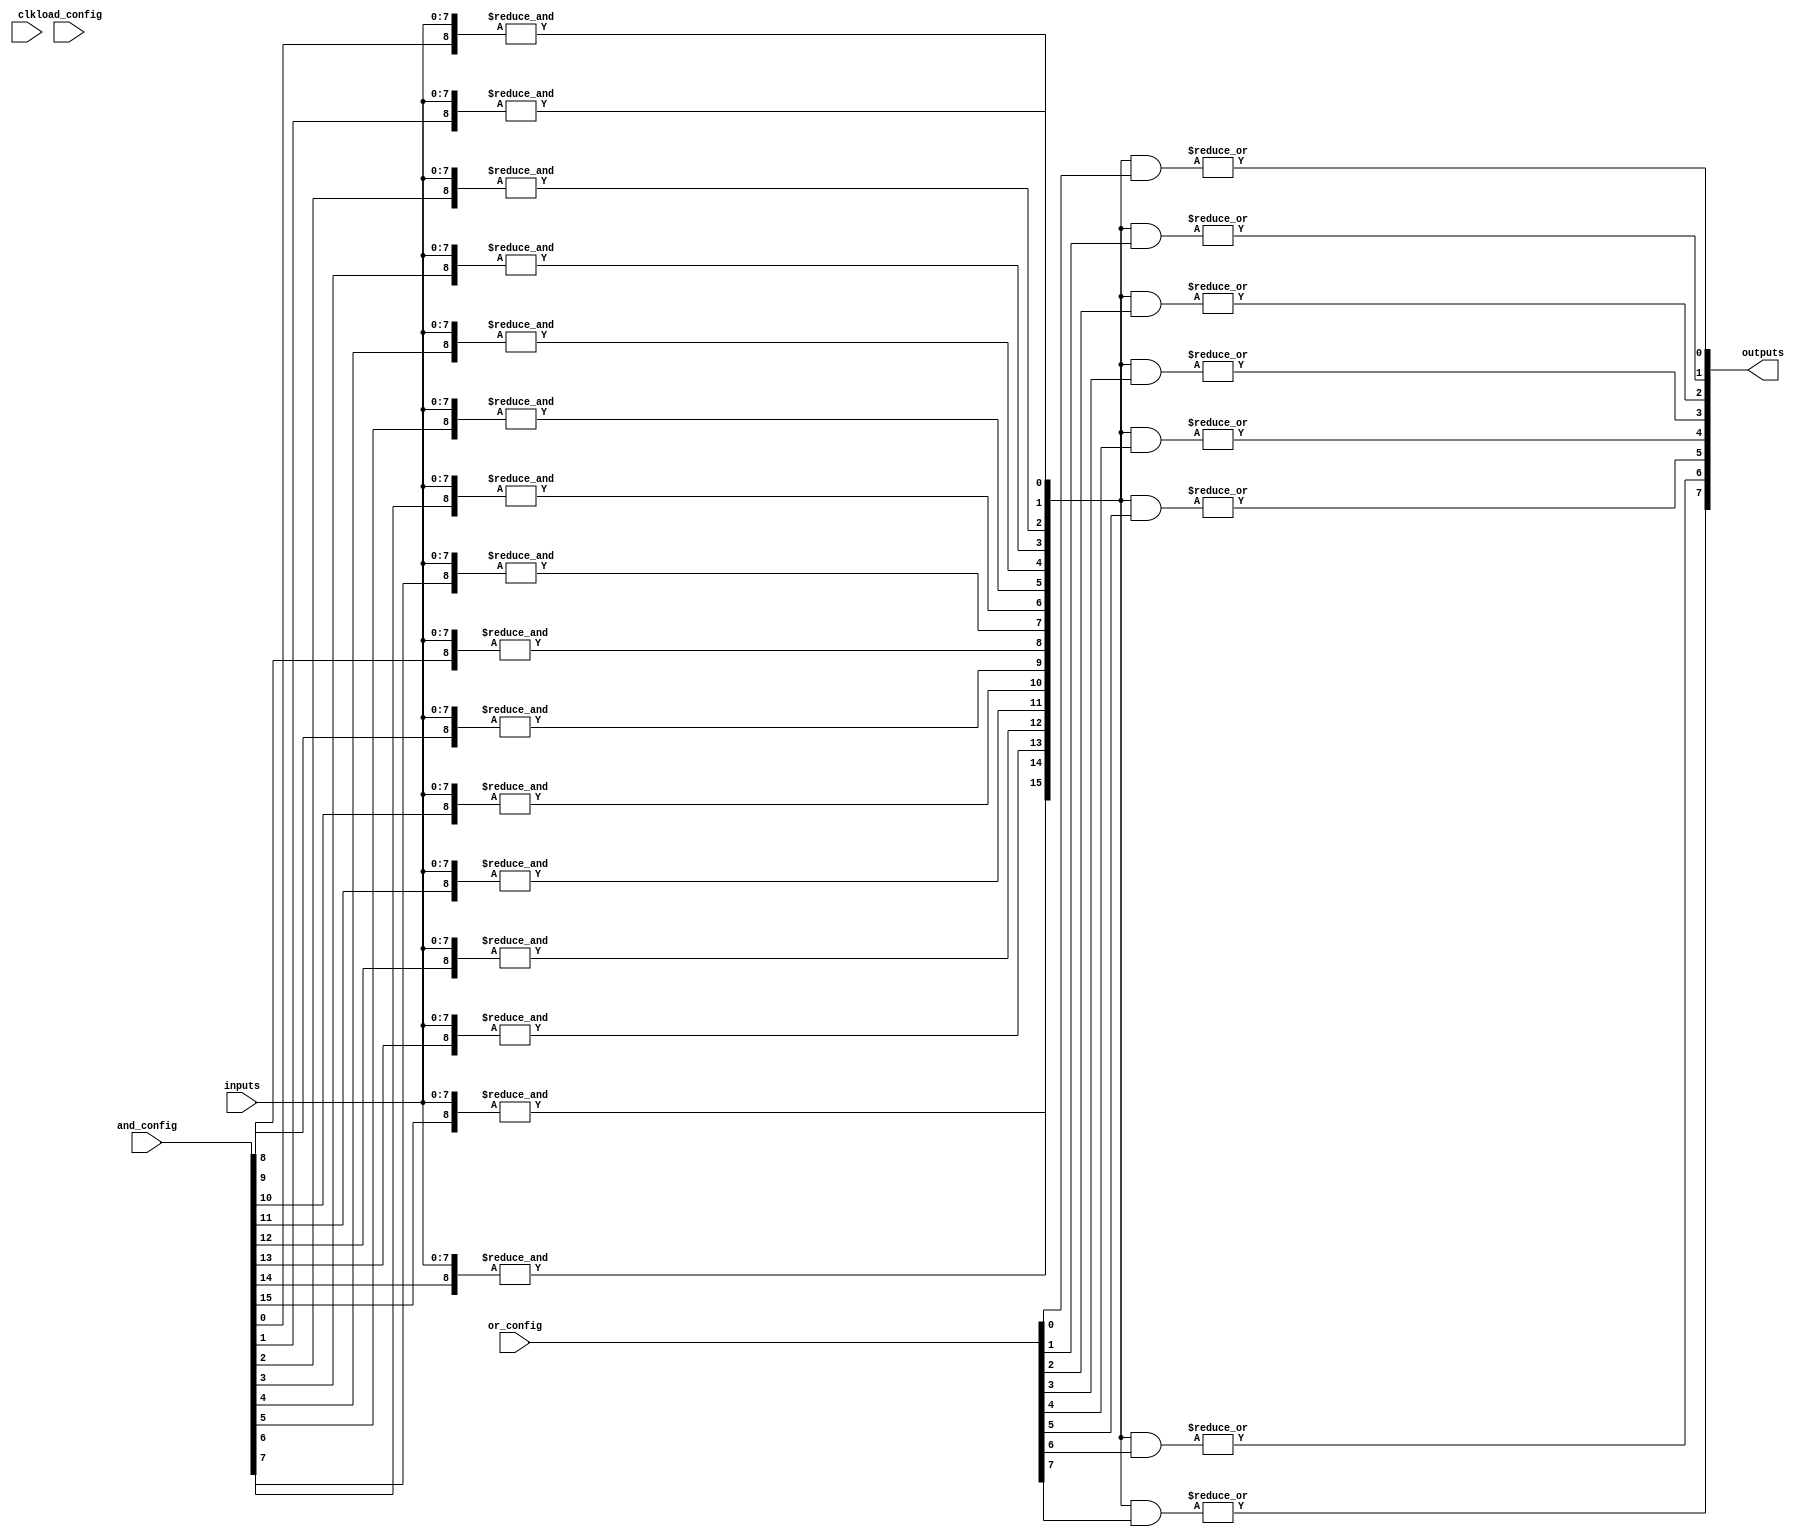
module SPAL #(
    parameter NUM_INPUTS = 8,
    parameter NUM_AND_TERMS = 16,
    parameter NUM_OR_TERMS = 8
)(
    input wire [NUM_INPUTS-1:0] inputs,       // Inputs to the SPAL
    input wire [NUM_AND_TERMS-1:0] and_config, // Configuration for AND array
    input wire [NUM_OR_TERMS-1:0] or_config,   // Configuration for OR array
    input wire clk,                             // Clock for control logic
    input wire load_config,                     // Load configuration signal
    output wire [NUM_OR_TERMS-1:0] outputs     // Outputs from the SPAL
);

    // Input Buffer with optional inversion
    wire [NUM_INPUTS-1:0] buffered_inputs;
    genvar i;
    generate
        for (i = 0; i < NUM_INPUTS; i = i + 1) begin : input_buffer
            assign buffered_inputs[i] = inputs[i]; // Add inversion logic if needed
        end
    endgenerate

    // AND Array
    wire [NUM_AND_TERMS-1:0] and_outputs;
    generate
        for (i = 0; i < NUM_AND_TERMS; i = i + 1) begin : and_array
            assign and_outputs[i] = &({buffered_inputs, and_config[i]}); // AND operation
        end
    endgenerate

    // OR Array
    wire [NUM_OR_TERMS-1:0] or_outputs;
    generate
        for (i = 0; i < NUM_OR_TERMS; i = i + 1) begin : or_array
            assign or_outputs[i] = |(and_outputs & or_config[i]); // OR operation
        end
    endgenerate

    // Output Buffer with optional inversion
    generate
        for (i = 0; i < NUM_OR_TERMS; i = i + 1) begin : output_buffer
            assign outputs[i] = or_outputs[i]; // Add inversion logic if needed
        end
    endgenerate

    // Control Logic (simplified)
    always @(posedge clk) begin
        if (load_config) begin
            // Logic to load configuration into and_config and or_config
            // This would typically involve interfacing with external memory
        end
    end

endmodule